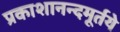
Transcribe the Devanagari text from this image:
प्रकाशानन्दमूर्तये